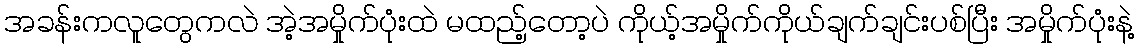
အခန်းကလူတွေကလဲ အဲ့အမှိုက်ပုံးထဲ မထည့်တော့ပဲ ကိုယ့်အမှိုက်ကိုယ်ချက်ချင်းပစ်ပြီး အမှိုက်ပုံးနဲ့